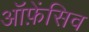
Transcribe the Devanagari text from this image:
ऑफ़ेंसिव